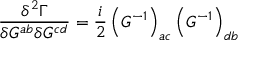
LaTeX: \frac { \delta ^ { 2 } \Gamma } { \delta G ^ { a b } \delta G ^ { c d } } = \frac i 2 \left( G ^ { - 1 } \right) _ { a c } \left( G ^ { - 1 } \right) _ { d b }